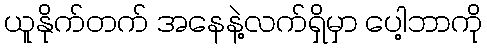
ယူနိုက်တက် အနေနဲ့လက်ရှိမှာ ပေါ့ဘာကို